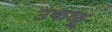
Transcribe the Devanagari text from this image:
उकळू